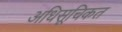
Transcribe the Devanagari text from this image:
अधिसूचिकत